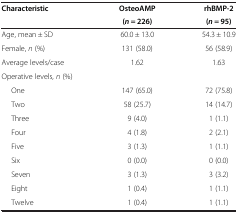
| Characteristic | OsteoAMP | rhBMP-2 |
 |  | (n = 226) | (n = 95) |
 | --- | --- | --- |
 | Age, mean ± SD | 60.0 ± 13.0 | 54.3 ± 10.9 |
 | Female, n (%) | 131 (58.0) | 56 (58.9) |
 | Average levels/case | 1.62 | 1.63 |
 | Operative levels, n (%) |  |  |
 | One | 147 (65.0) | 72 (75.8) |
 | Two | 58 (25.7) | 14 (14.7) |
 | Three | 9 (4.0) | 1 (1.1) |
 | Four | 4 (1.8) | 2 (2.1) |
 | Five | 3 (1.3) | 1 (1.1) |
 | Six | 0 (0.0) | 0 (0.0) |
 | Seven | 3 (1.3) | 3 (3.2) |
 | Eight | 1 (0.4) | 1 (1.1) |
 | Twelve | 1 (0.4) | 1 (1.1) |